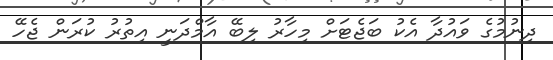
ދިނުމުގެ ވައުދާ އެކު ބަޖެޓަށް މިހާރު ލިބޭ އާމްދަނީ އިތުރު ކުރަން ޖެހޭ